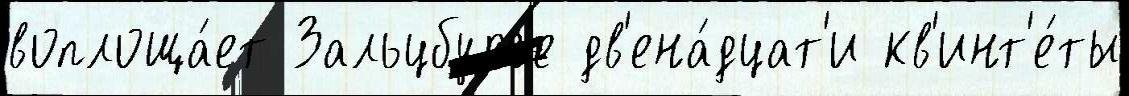
воплоща́ет Зальцбург'е дв'ена́дцат'и кв'инт'е́ты